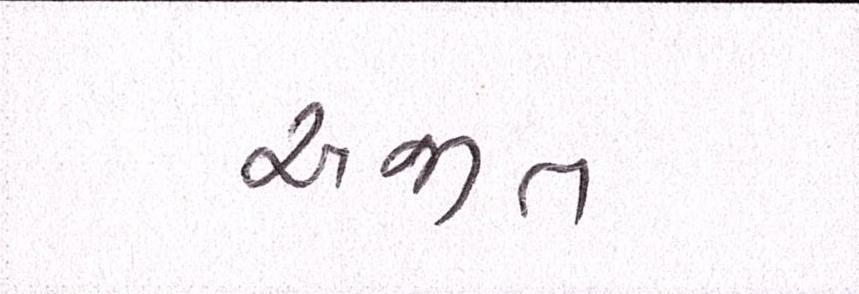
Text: અજીત